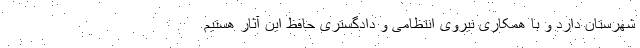
شهرستان دارد و با همکاری نیروی انتظامی و دادگستری حافظ این آثار هستیم